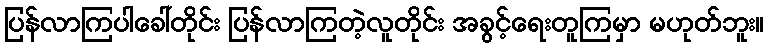
ပြန်လာကြပါခေါ်တိုင်း ပြန်လာကြတဲ့လူတိုင်း အခွင့်ရေးတူကြမှာ မဟုတ်ဘူး။